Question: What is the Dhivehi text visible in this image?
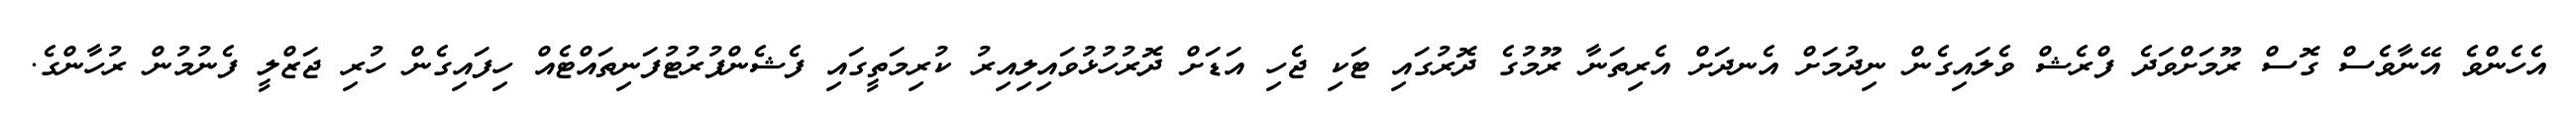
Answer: އެހެންވެ އޭނާވެސް ގޮސް ރޫމަށްވަދެ ފްރެޝް ވެލައިގެން ނިދުމަށް އެނދަށް އެރިތަނާ ރޫމުގެ ދޮރުގައި ޓަކި ޖެހި އަޑަށް ދޮރުހުޅުވައިލިއިރު ކުރިމަތީގައި ފެޝެންފުރުޓުފަނިތައްޓެއް ހިފައިގެން ހުރި ޖަޒްލީ ފެނުމުން ރުހާންގެ.